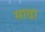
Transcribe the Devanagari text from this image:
साढा